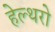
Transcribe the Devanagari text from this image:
हेल्थरो